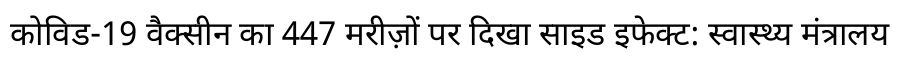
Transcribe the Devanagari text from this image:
कोविड-19 वैक्सीन का 447 मरीज़ों पर दिखा साइड इफेक्ट: स्वास्थ्य मंत्रालय